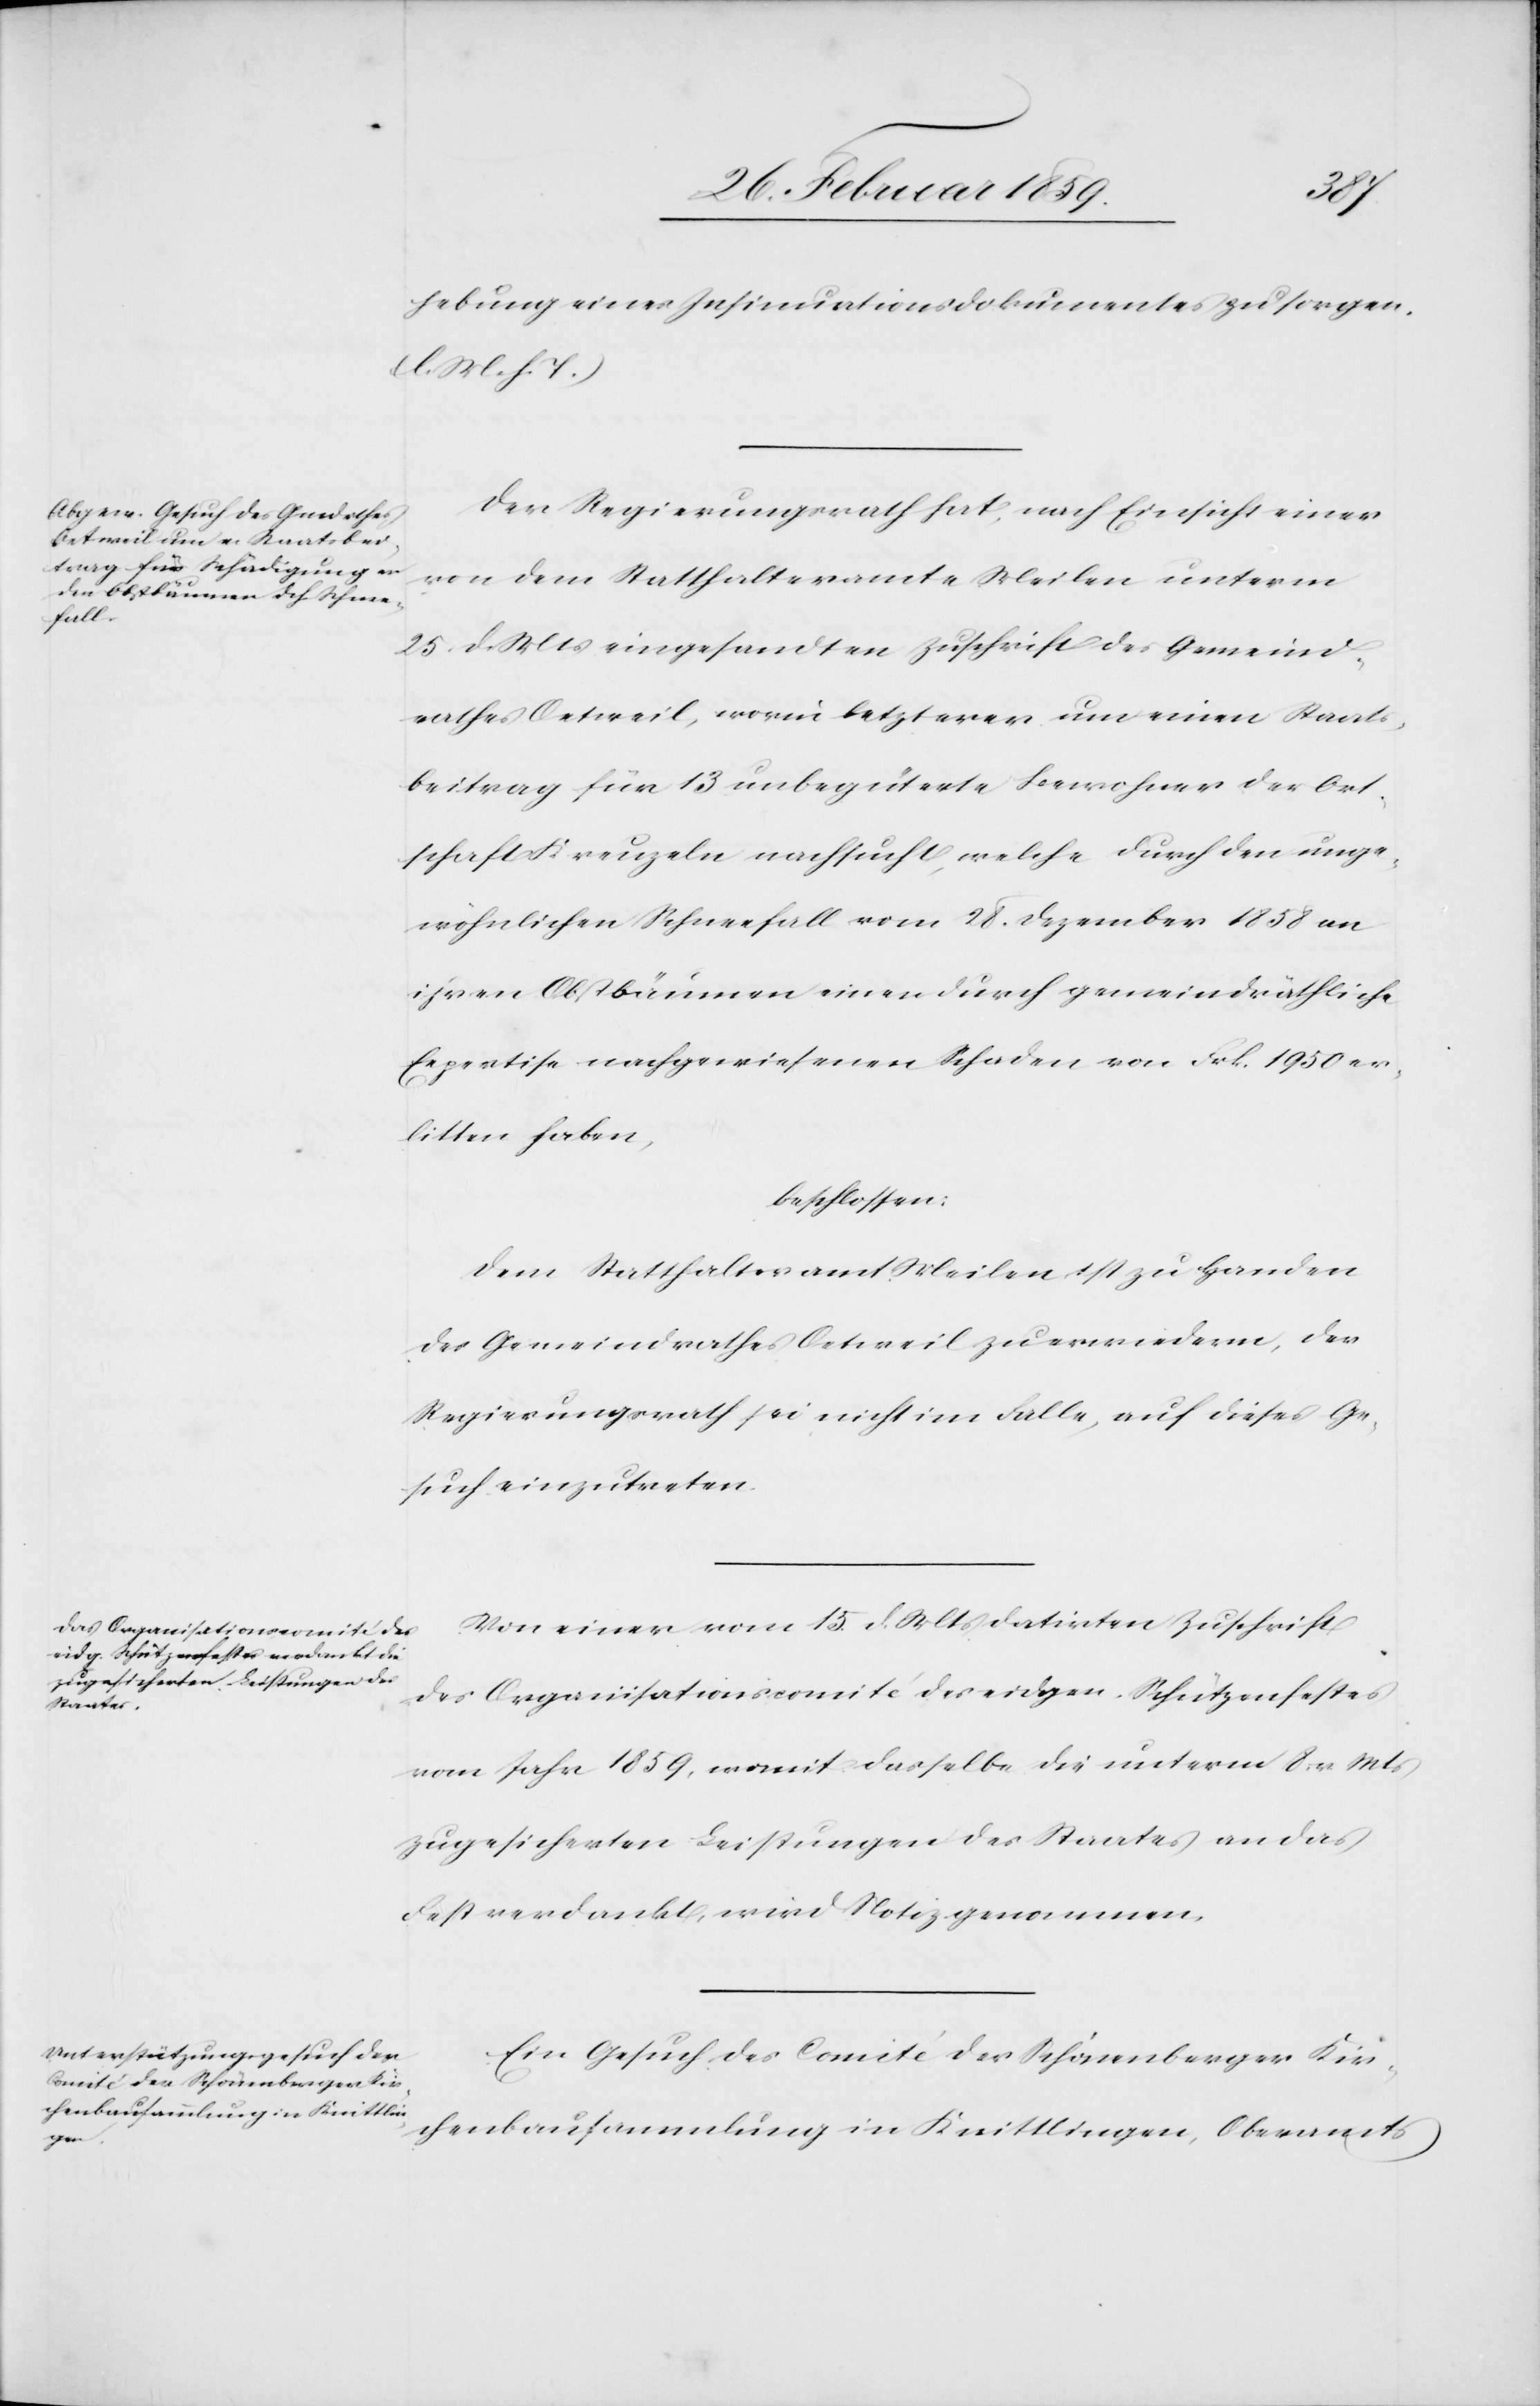
hebung eines Insinuationsdokumentes zu sorgen.
(l. M. h. T.)
Der Regierungsrath hat, nach Einsicht einer
von dem Statthalteramte Meilen unterm
25. d. Mts eingesandten Zuschrift des Gemeind¬
rathes Oetweil, worin letzterer um einen Staats¬
beitrag für 13 unbegüterte Bewohner der Ort¬
schaft Kreuzeln nachsucht, welche durch den unge¬
wöhnlichen Schneefall vom 28. Dezember 1858 an
ihren Obstbäumen einen durch gemeindräthliche
Expertise nachgewiesenen Schaden von Frk. 1950 er¬
litten haben,
beschlossen:
Dem Statthalteramt Meilen ist zu Handen
des Gemeindrathes Oetweil zu erwiedern, der
Regierungsrath sei nicht im Falle, auf dieses Ge¬
such einzutreten.
Von einer vom 15. d. Mts datirten Zuschrift
des Organisationscomité des eidgen. Schützenfestes
vom Jahr 1859, womit dasselbe die unterm 8. v. Mts
zugesicherten Leistungen des Staates an das
Fest verdankt, wird Notiz genommen.
Ein Gesuch des Comité der Schönenberger Kir¬
chenbausammlung in Knittlingen, Oberamts